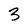
Character: 3